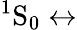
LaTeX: {^1}\mathrm{S}_{0}\leftrightarrow